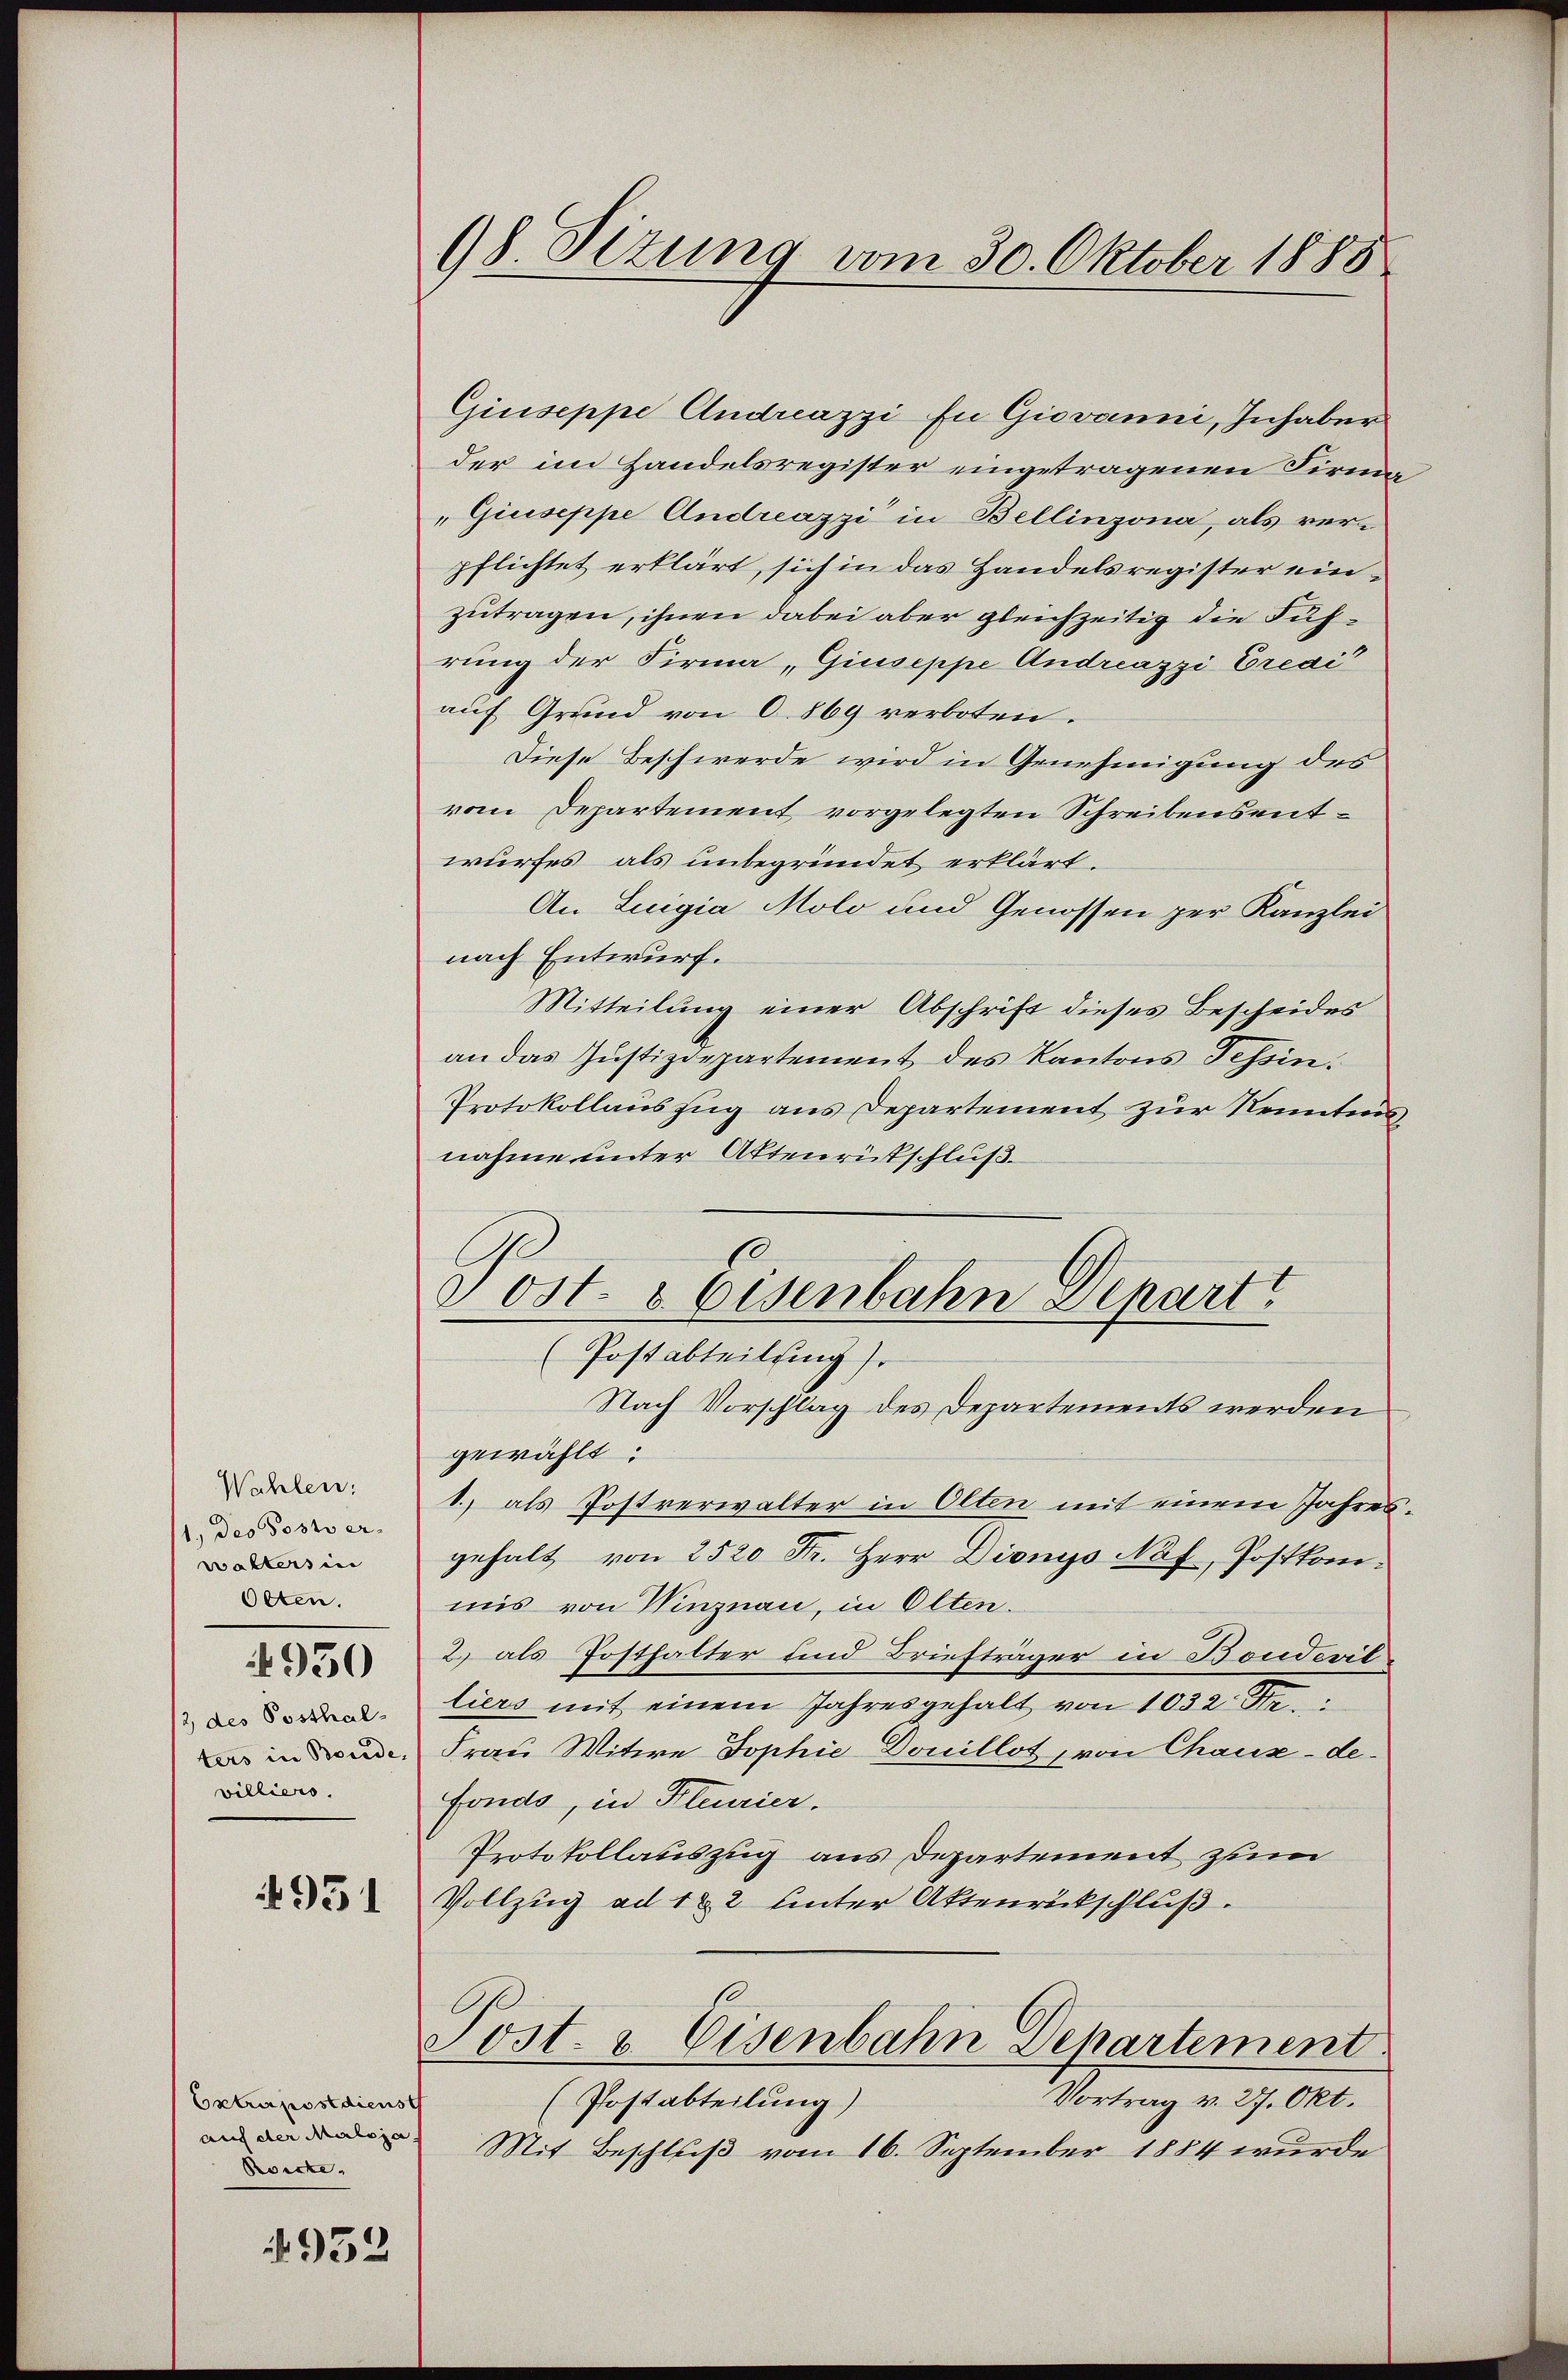
Wahlen:
1. des Postver-
walters in
Olten.
/2 des Posthal-
ters in Bonde
villiers.

950

951

Extrapostdienst
auf der Maloja
Recke.

952

98 Sizung vom 30. Oktober 1888

Giuseppe Andreazzi zu Giovanni, Inhaber
der im Handelsregister eingetragenen Firm¬
„Giuseppe Andreazzi in Bellinzona, als verpflichtet erklärt, sich in das Handelsregister einzutragen, ihnen dabei aber gleichzeitig die Führung der Firma „Giuseppe Andreazzi Credit
auf Grund von 0. 869 verboten.
Diese Beschwerde wird in Genehmigung des
vom Departement vorgelegten Schreibensentwurfes als unbegründet erklärt.
An Luigia Molo und Genossen per Kanzlei
nach Entwurf.
Mitteilung einer Abschrift dieses Bescheides
an das Justizdepartement des Kantons Tessin.
Protokollauszug aus Departement zur Kenntnisnahme unter Aktenrütschluß.
Nach Vorschlag des Departements werden
gewählt:
1.) als Postverwalter in Olten mit einem Jahresgehalt von 2520 Fr. Herr Dionys Näf, Postkommis von Winznau, in Olten.
2) als Posthalter und Briefträger in Boudevil
liers mit einem Jahresgehalt von 1032. Ste
Frau Witwe Dophie Douillot, von Chaux-de-
Fonds, in Pleurier.
Protokollauszug aus Departement zum
Vollzug ad 1 & 2 unter Aktenrückschluß.
Post- & Eisenbahn Departement.
Verrung v. J. M.
(Postabteilung)
Mit Beschluß vom 16. September 1884 wurde

Post- & Eisenbahn Depart
(Postabteilung).